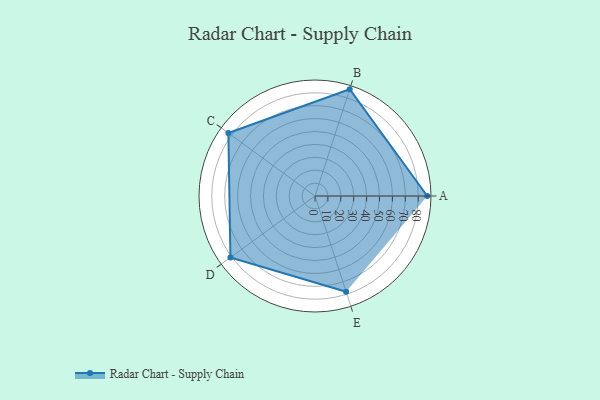
{"axis": {"x": "Skill", "y": "Score"}, "legend": ["Profile"], "data": [{"x": "A", "y": 87.0, "type": "Profile"}, {"x": "B", "y": 87.0, "type": "Profile"}, {"x": "C", "y": 83.0, "type": "Profile"}, {"x": "D", "y": 81.0, "type": "Profile"}, {"x": "E", "y": 78.0, "type": "Profile"}]}